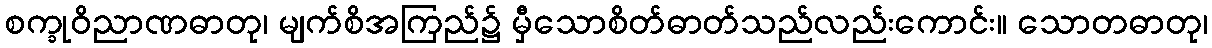
စက္ခုဝိညာဏဓာတု၊ မျက်စိအကြည်၌ မှီသောစိတ်ဓာတ်သည်လည်းကောင်း။ သောတဓာတု၊